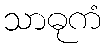
သာဓုကံ